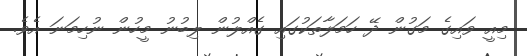
މިއީ ވައިގެ މަގުން ދޭ ހަމަލާތަކުގައި ގެއްލުން ލިބުނު މީހުން ނުހިމަނަ އެވެ.